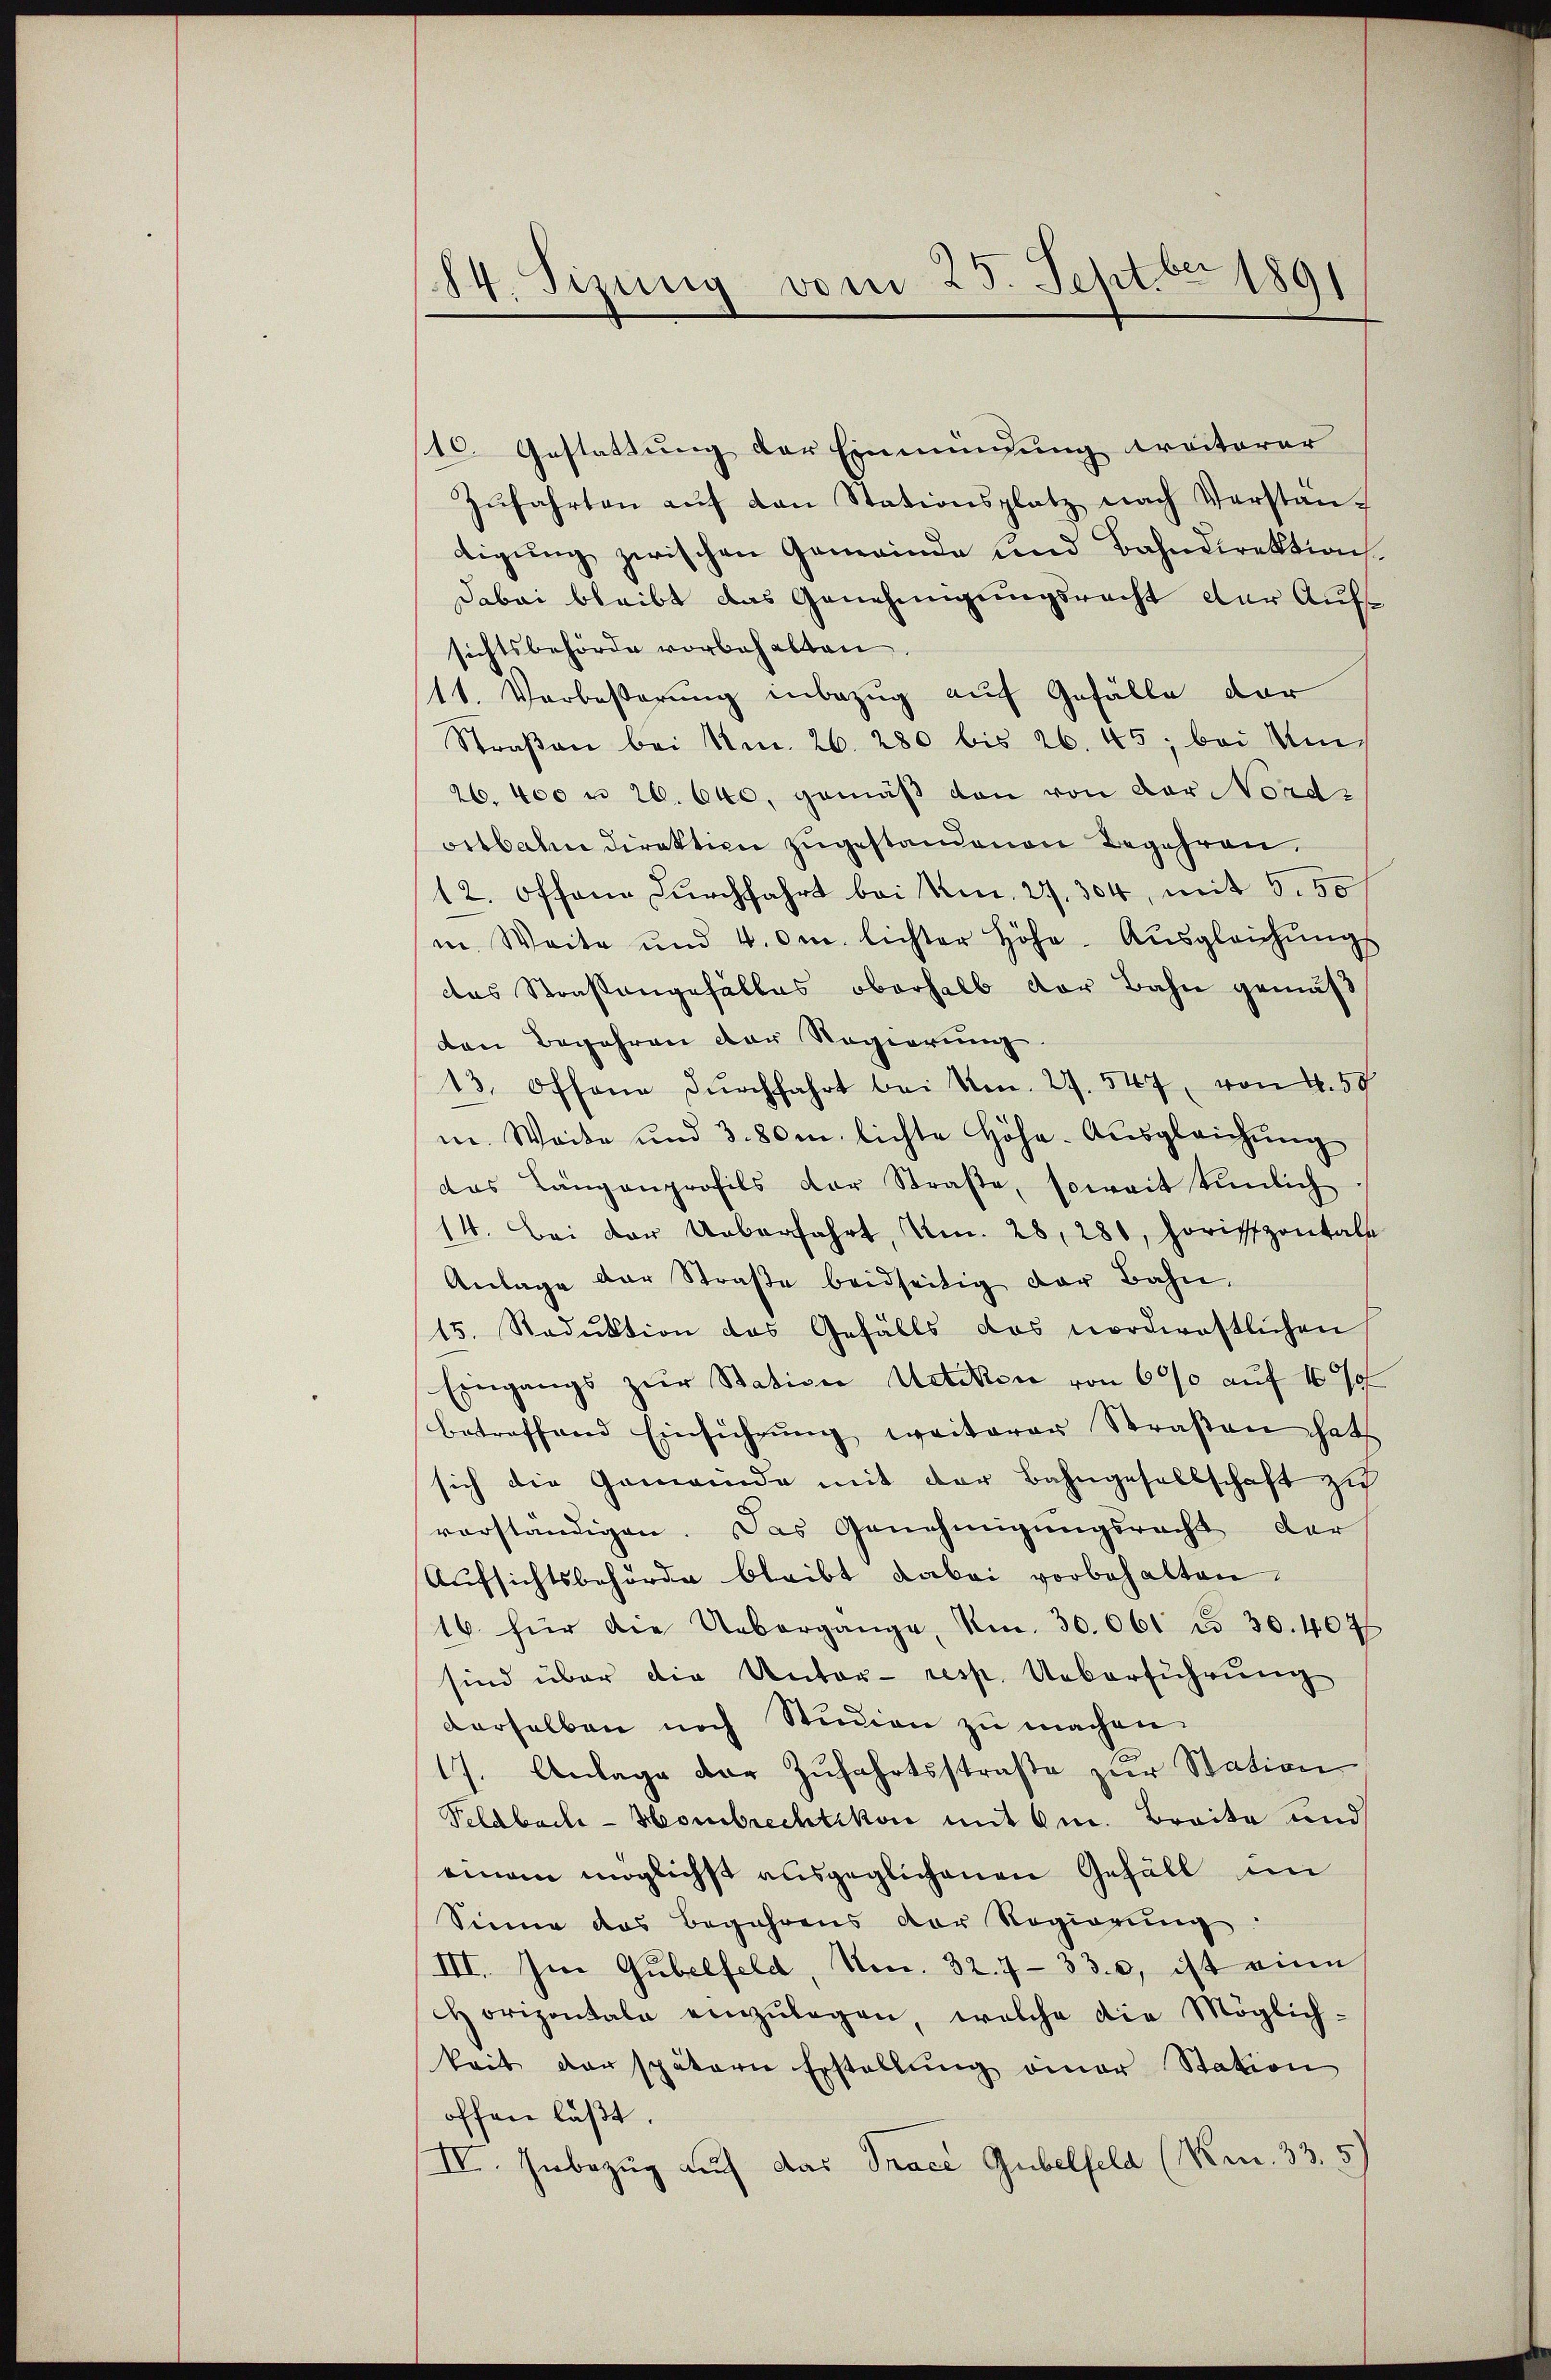
84. Sizung vom 25. Septbr 1891

10. Gestattung der Einmündung dreiterer
Zŭfahrten aŭf den Stationsplatz nach Verstän-
tigung zwischen Gemeinde und Bahndirektion
Dabei bleibt das Genehmigungsrecht der Aufsichtsbehörde vorbehalten
11. Verbeßerung inbezug auf Gefälle dar
Straβen bei Am. 26. 280 bis 26. 45; bei Um
26. 400 n 26. 640, gemäß von von der Nordortbalen direktion zugestandenen Begehren.
12. Offene Durchfahrt bei Am. 27. 304, mit 5. 50
in Weite und 4. Om. lichter Höhe-Ausgleichungs
das Stonstangefälles oberhalb der Bahn gemäß
den Begehren der Regierung
13. Offene Dŭrchfahrt bei Anm. 27. 547, von 4. 59
m. Weite und 3. 80m lichte Höhe-Ausgleichŭng
das Längenprofils der Straβe, soweit tunlich
14. Bei der Ueberfahrt, Am. 28, 280, horizontale
Anlage der Straβe beidseitig der Bahn,
15. Radŭktion das Gefälls das nordwestlichen
Eingangs zur Station Uetikon von 600 auf 10 %
betreffend Einführŭng weiterer Straβen hat
sich die Gemeinde mit der Bahngesellschaft zu
vorständigen. Das Genehmigungsrecht der
Aufsichtsbehörde bleibt dabei vorbehalten.
16. für die Uebergange, Am. 30. 061 n 30. 407
sind über die Unter- resp. Ueberführung
derselben noch Studien zu machen.
17. Anlage der Zufahrtsstraße zur Station
Feldbach - Hombrechtikon mit 6m. Breite und
einem möglichst ausgeglichenen Gefäll im
Sinne das Begehrens der Regierŭng.
III. Im Gubelfeld, Neu. 32. 7330, ist eine
Horizontale einzŭlegen, welche die Möglich-
keit der spätern Erstellŭng einer Station
offen läßt.
IV. Inbezug auf das Tracé Gubelfeld (Km. 335